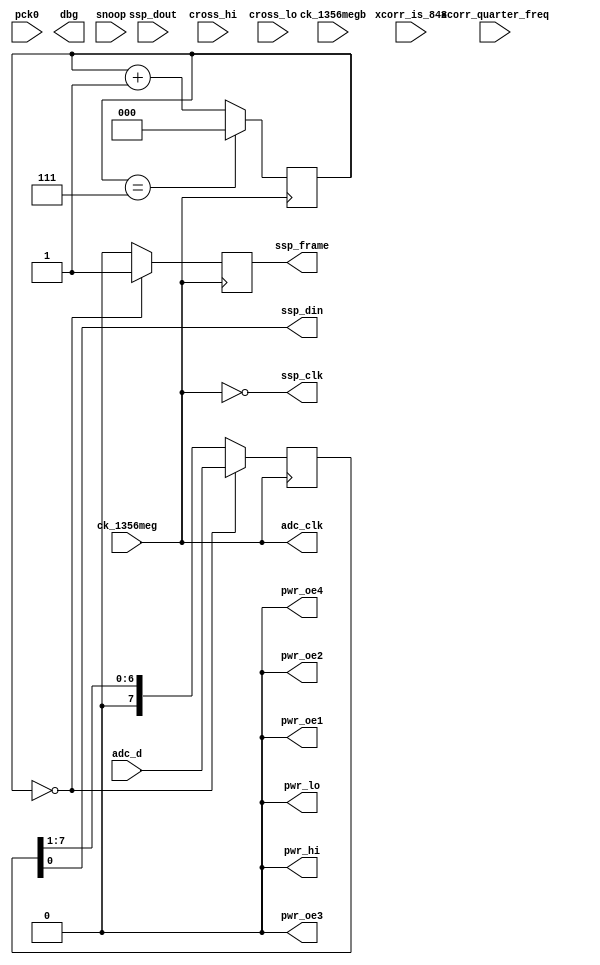
module hi_sniffer(
    pck0, ck_1356meg, ck_1356megb,
    pwr_lo, pwr_hi, pwr_oe1, pwr_oe2, pwr_oe3, pwr_oe4,
    adc_d, adc_clk,
    ssp_frame, ssp_din, ssp_dout, ssp_clk,
    cross_hi, cross_lo,
    dbg,
    xcorr_is_848, snoop, xcorr_quarter_freq 
);
    input pck0, ck_1356meg, ck_1356megb;
    output pwr_lo, pwr_hi, pwr_oe1, pwr_oe2, pwr_oe3, pwr_oe4;
    input [7:0] adc_d;
    output adc_clk;
    input ssp_dout;
    output ssp_frame, ssp_din, ssp_clk;
    input cross_hi, cross_lo;
    output dbg;
    input xcorr_is_848, snoop, xcorr_quarter_freq; 
assign pwr_hi  = 1'b0;
assign pwr_lo  = 1'b0;
assign pwr_oe1 = 1'b0;
assign pwr_oe2 = 1'b0;
assign pwr_oe3 = 1'b0;
assign pwr_oe4 = 1'b0;
reg ssp_frame;
reg [7:0] adc_d_out = 8'd0;
reg [2:0] ssp_cnt = 3'd0;
assign adc_clk = ck_1356meg;
assign ssp_clk = ~ck_1356meg;
always @(posedge ssp_clk)
begin
    if(ssp_cnt[2:0] == 3'd7)
        ssp_cnt[2:0] <= 3'd0;
    else
        ssp_cnt <= ssp_cnt + 1;
    if(ssp_cnt[2:0] == 3'b000) 
        begin
            adc_d_out[7:0] <= adc_d;
            ssp_frame <= 1'b1;
        end
    else
        begin
            adc_d_out[7:0] <= {1'b0, adc_d_out[7:1]};
            ssp_frame <= 1'b0;
        end
end
assign ssp_din = adc_d_out[0];
endmodule